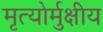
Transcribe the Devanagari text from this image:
मृत्‍योर्मुक्षीय